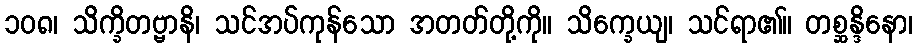
၁၀၈၊ သိက္ခိတဗ္ဗာနိ၊ သင်အပ်ကုန်သော အတတ်တို့ကို။ သိက္ခေယျ၊ သင်ရာ၏။ တစ္ဆန္ဒိနော၊